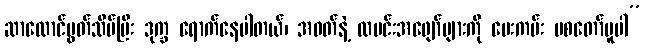
ဆာလောင်မွတ်သိပ်ပြီး ဒုက္ခ ရောက်နေပါတယ်၊ အဝတ်နဲ့ ထမင်းအဖျော်များကို ပေးကမ်း မစတော်မူပါ”